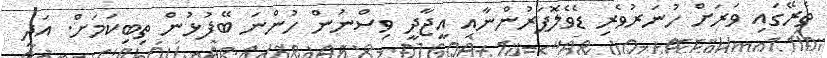
ތެރޭގައި ވަރަށް ހުނަރުވެރި ޑެވެލޮޕަރުންނާއި އީޖާދީ ވިސްނުން ހުންނަ ބޭފުޅުން ތިބިކަމަށް. އަދި